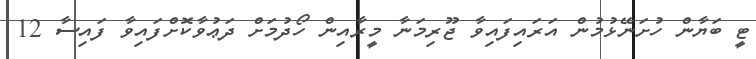
ޓީ ބަޔާން ހުށަނޭޅުމުން އަރައިފައިވާ ޖޫރިމަނާ މީރާއިން ހޯދުމަށް ދަޢުވާކޮށްފައިވާ ފައިސާ 12